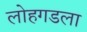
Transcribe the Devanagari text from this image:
लोहगडला